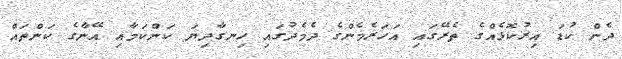
ދެން ކުޑަ އިރުކޮޅެއްގެ ތެރޭގައި އަހަރެމެންގެ ދެމެދުގައި ހިނގާދިޔަ ކަންކަމާއި އޭނާގެ ކަންތައް